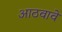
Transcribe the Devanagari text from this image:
आठवावे